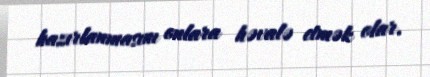
hazırlanmasını onlara həvalə etmək olar.